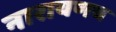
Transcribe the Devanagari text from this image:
नारायणच